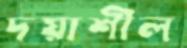
দয়াশীল